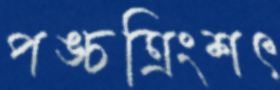
পঙ্চত্রিংশৎ